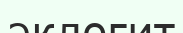
эклогит